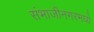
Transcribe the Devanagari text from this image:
संभाजीनगरमध्ये